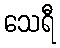
သေရီ